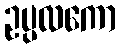
ဥပ္ပလကော